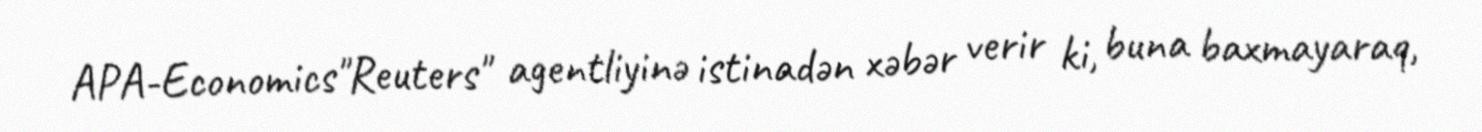
APA-Economics"Reuters" agentliyinə istinadən xəbər verir ki, buna baxmayaraq,